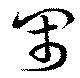
閙